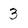
Character: 3